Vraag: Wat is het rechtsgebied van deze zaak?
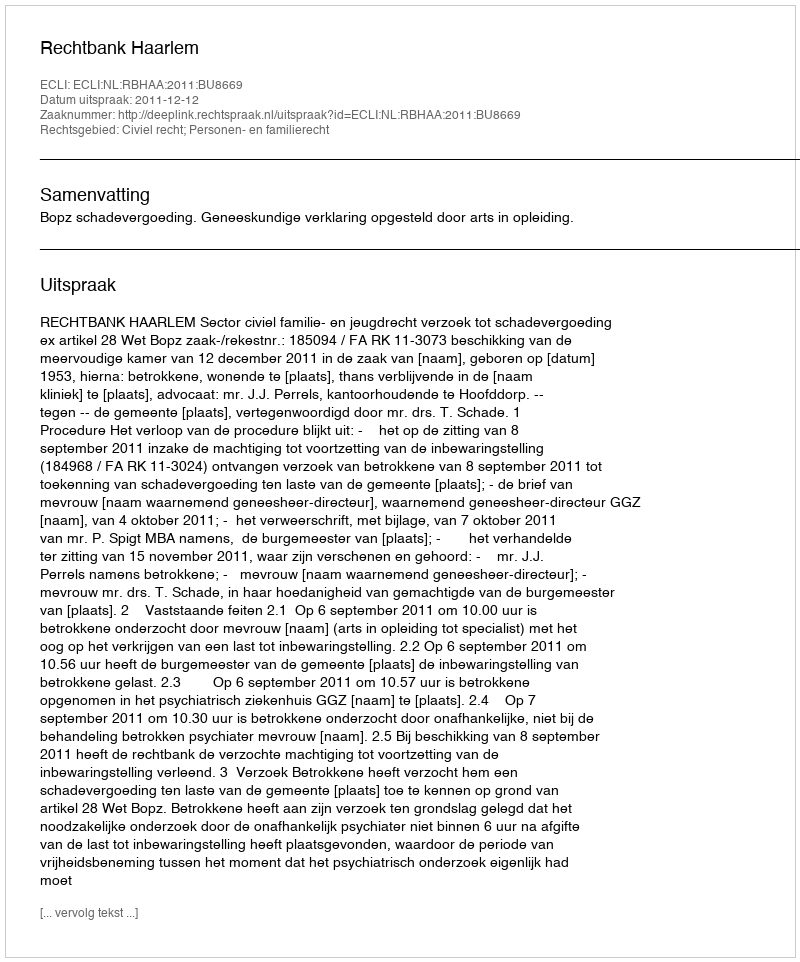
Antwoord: Civiel recht; Personen- en familierecht